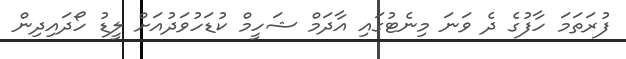
ފުރަތަމަ ހާފުގެ ދެ ވަނަ މިނެޓުގައި އާދަމް ޝަހީމް ކުޑަހުވަދުއަށް ލީޑު ހޯދައިދިން